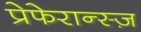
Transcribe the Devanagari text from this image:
प्रेफेरान्स्ज़